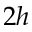
2 h